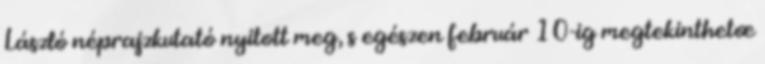
László néprajzkutató nyitott meg, s egészen február 10-ig megtekinthetœ